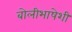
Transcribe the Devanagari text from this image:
बोलीभाषेशी